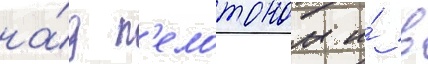
на́д п'елотоном и́ в